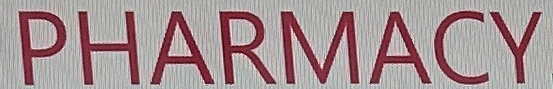
PHARMACY